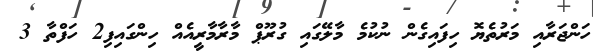
ހަންޖަރާއި މަރުތެޔޮ ހިފައިގެން ނުކުމެ މާލޭގައި ގުރޫޕް މާރާމާރީއެއް ހިންގައިފި2 ހަފްތާ 3